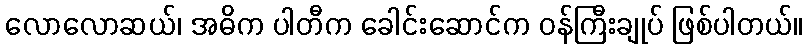
လောလောဆယ်၊ အဓိက ပါတီက ခေါင်းဆောင်က ဝန်ကြီးချုပ် ဖြစ်ပါတယ်။